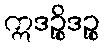
ဣဒဉ္စိဒဉ္စ